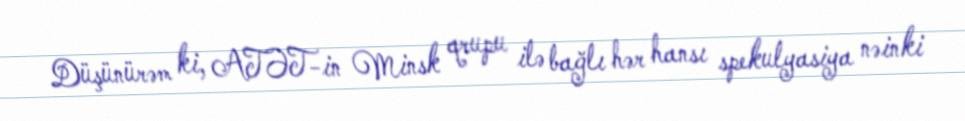
Düşünürəm ki, ATƏT-in Minsk qrupu ilə bağlı hər hansı spekulyasiya nəinki